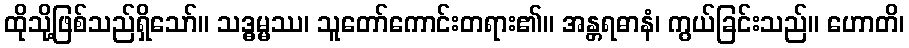
ထိုသို့ဖြစ်သည်ရှိသော်။ သဒ္ဓမ္မဿ၊ သူတော်ကောင်းတရား၏။ အန္တရဓာနံ၊ ကွယ်ခြင်းသည်။ ဟောတိ၊